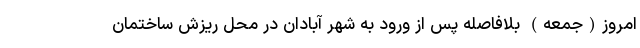
امروز(جمعه) بلافاصله پس از ورود به شهر آبادان در محل ریزش ساختمان